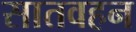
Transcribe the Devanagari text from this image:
सातवहन